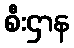
စီးဌာန